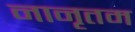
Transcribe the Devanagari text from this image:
नानृतम